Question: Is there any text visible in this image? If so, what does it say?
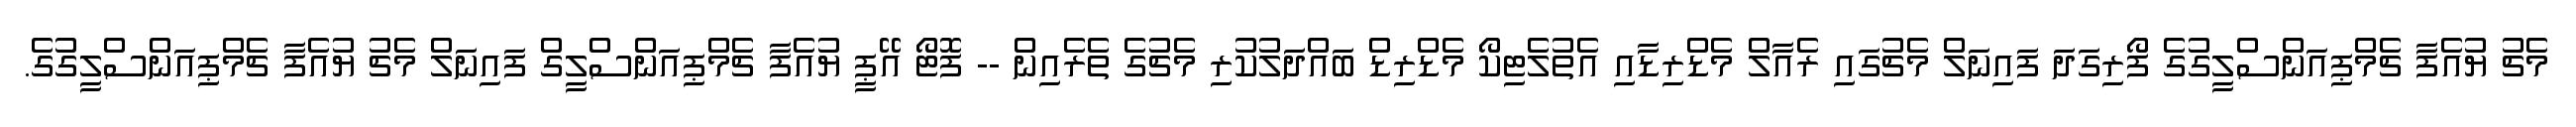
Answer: މެޗު ޔުއެފާ ޗެމްޕިއަންސްލީގުގެ ފޯރިގަދަ ފައިނަލް މެޗުގައި ރެއާލް މެޑްރިޑާއި އެތުލެޓިކޯ މެޑްރިޑް ބައްދަލުކުރި މެޗުގެ ތެރެއިން -- ފޮޓޯ އޭޕީ ޔުއެފާ ޗެމްޕިއަންސްލީގް ފައިނަލް މެޗު ޔުއެފާ ޗެމްޕިއަންސްލީގުގެ.